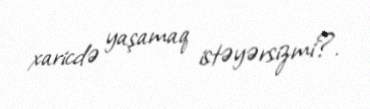
xaricdə yaşamaq istəyərsizmi?.